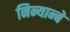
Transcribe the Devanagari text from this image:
निन्यान्बे